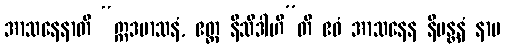
အာသနေနာတိ “ဣဒမာသနံ, ဧတ္ထ နိသီဒါဟီ”တိ ဧဝံ အာသနေန နိမန္တနံ နာမ